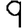
Digit: 9